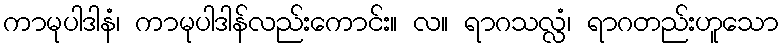
ကာမုပါဒါနံ၊ ကာမုပါဒါန်လည်းကောင်း။ လ။ ရာဂသလ္လံ၊ ရာဂတည်းဟူသော